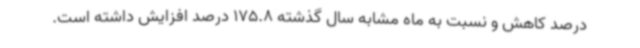
درصد کاهش و نسبت به ماه مشابه سال گذشته 175.8 درصد افزایش داشته است.